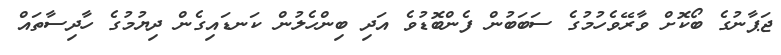
ޖަޕާނުގެ ބޯކޮށް ވާރޭވެހުމުގެ ސަބަބުން ފެންބޮޑުވެ އަދި ބިންހެލުން ކަނޑައިގެން ދިޔުމުގެ ހާދިސާތައް